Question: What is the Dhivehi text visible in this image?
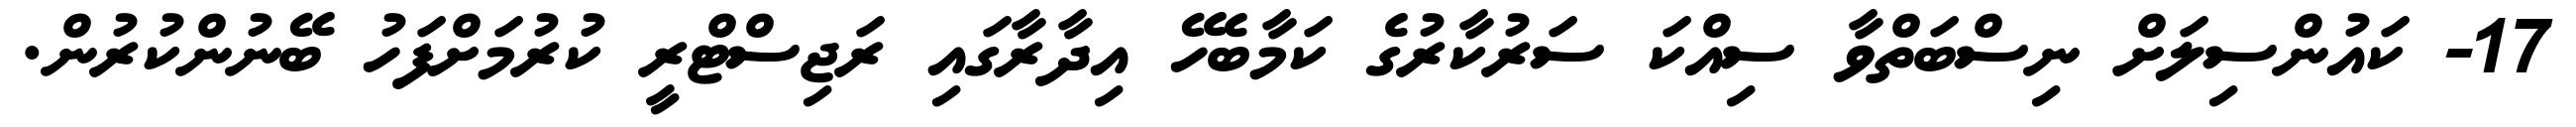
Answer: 17- ކައުންސިލަށް ނިސްބަތްވާ ސިއްކަ ސަރުކާރުގެ ކަމާބެހޭ އިދާރާގައި ރަޖިސްޓްރީ ކުރުމަށްފަހު ބޭނުންކުރުން.